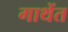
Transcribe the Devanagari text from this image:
गाथेंत